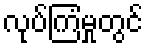
လုပ်ကြံမှုတွင်